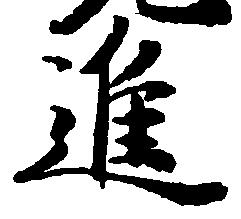
進